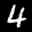
Label: 4